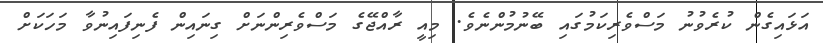
އަޅައިގެން ކުރެވުނު މަސްވެރިކަމުގައި ބޭނުމުންނެވެ. މިއީ ރާއްޖޭގެ މަސްވެރިންނަށް ގިނައިން ފެނިފައިނުވާ މަހަކަށް